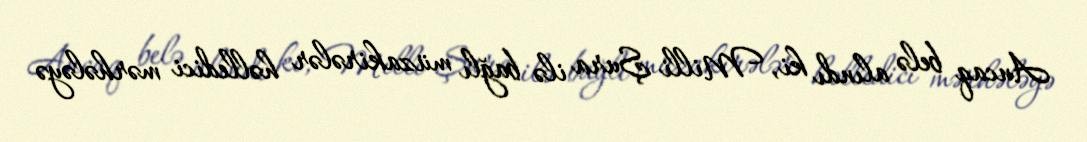
Ancaq belə alındı ki, Milli Şura ilə bağlı müzakirələr həlledici mərhələyə